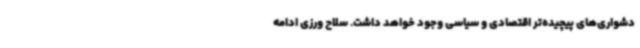
دشواری‌های پیچیده‌تر اقتصادی و سیاسی وجود خواهد داشت. سلاح ورزی ادامه